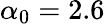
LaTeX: \alpha_{0}=2.6